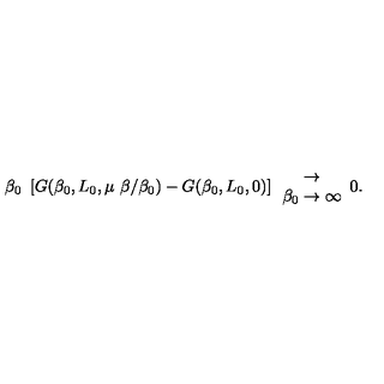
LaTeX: \beta _ { 0 } \ \left[ G ( \beta _ { 0 } , L _ { 0 } , \mu \ \beta / \beta _ { 0 } ) - G ( \beta _ { 0 } , L _ { 0 } , 0 ) \right] \begin{array} { c } { \rightarrow } \\ { \beta _ { 0 } \rightarrow \infty } \\ \end{array} 0 .